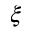
\xi